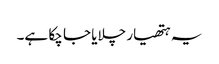
یہ ہتھیار چلایا جا چکا ہے۔